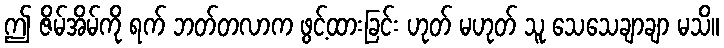
ဤ ဇိမ်အိမ်ကို ရက် ဘတ်တလာက ဖွင့်ထားခြင်း ဟုတ် မဟုတ် သူ သေသေချာချာ မသိ။